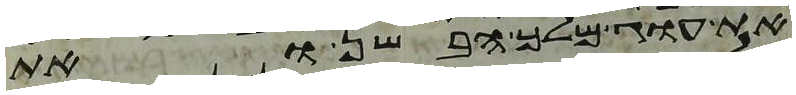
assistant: את עוג מלך הבשן ואת